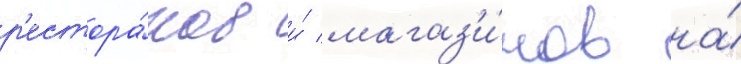
р'естора́нов и́ магаз'и́нов на́